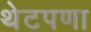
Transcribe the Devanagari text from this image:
थेटपणा